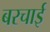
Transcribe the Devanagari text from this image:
बरचाई